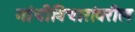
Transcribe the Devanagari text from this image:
गांधीविचारांवरील